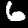
Label: 6